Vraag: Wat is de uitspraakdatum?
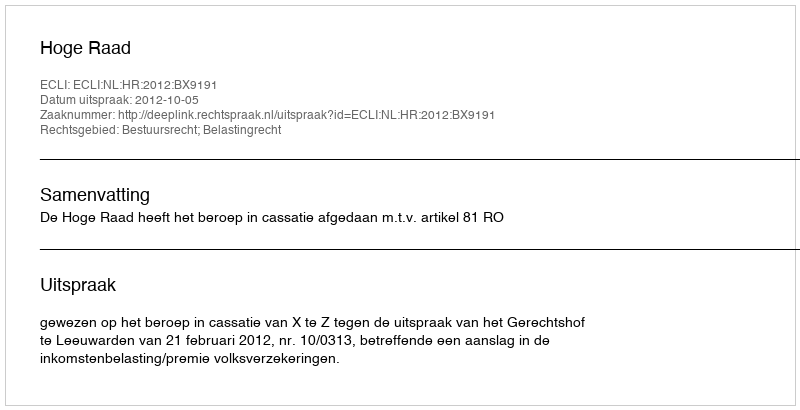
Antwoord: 2012-10-05